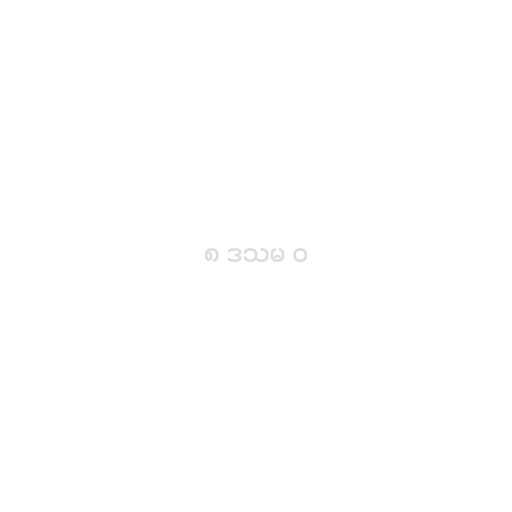
၈ ဒသမ ၀